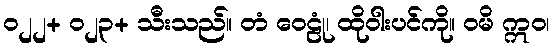
၀၂၂+ ၀၂၃+ သီးသည်။ တံ ဝေဠုံ၊ ထိုဝါးပင်ကို။ ဝမိ ဣဝ၊